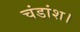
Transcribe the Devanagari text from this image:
चंडांश।